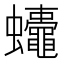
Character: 𮕚